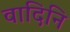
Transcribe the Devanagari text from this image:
वादिनि